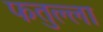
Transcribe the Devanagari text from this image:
फतुल्ला